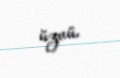
üzvü.